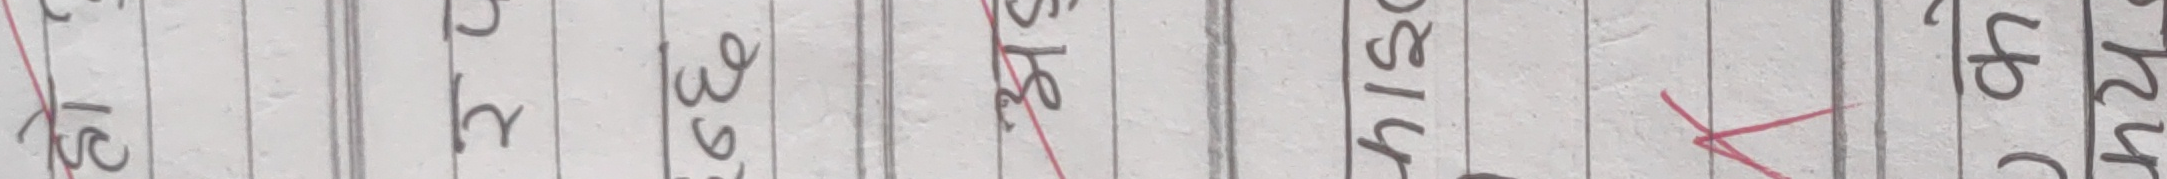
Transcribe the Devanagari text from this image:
२ ८ ९ २ ८ ४ ४
२ २ ३ ८ १ ८ २ ४